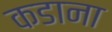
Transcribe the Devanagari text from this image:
कडाना